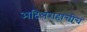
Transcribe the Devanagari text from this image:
अदिलशहाचीच